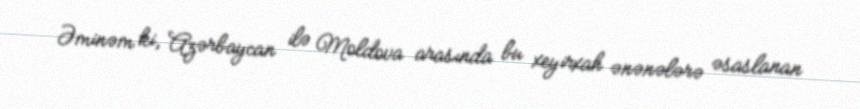
Əminəm ki, Azərbaycan ilə Moldova arasında bu xeyirxah ənənələrə əsaslanan